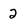
Character: 2